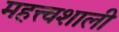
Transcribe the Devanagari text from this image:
महत्त्वशाली